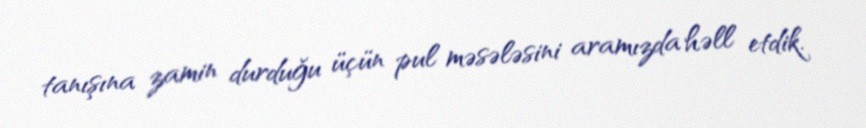
tanışına zamin durduğu üçün pul məsələsini aramızda həll etdik.